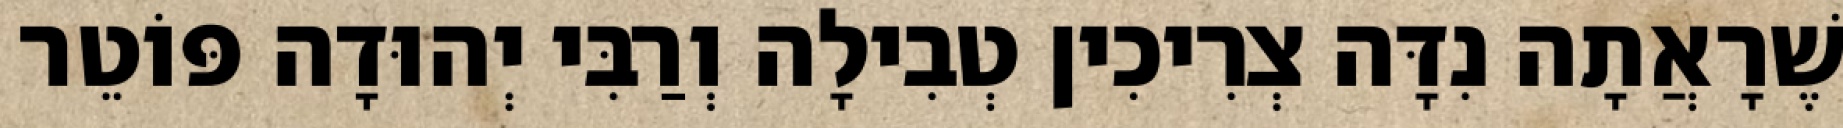
שֶׁרָאֲתָה נִדָּה צְרִיכִין טְבִילָה וְרַבִּי יְהוּדָה פּוֹטֵר